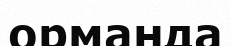
орманда